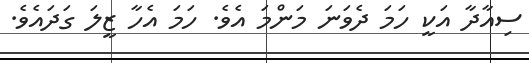
ސިއާދާ އަކީ ހަމަ ދެވަނަ މަންމަ އެވެ. ހަމަ އެހާ ޒީލަ ގަދައެވެ.